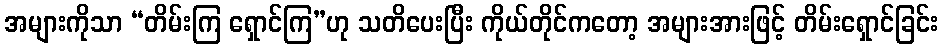
အများကိုသာ “တိမ်းကြ ရှောင်ကြ”ဟု သတိပေးပြီး ကိုယ်တိုင်ကတော့ အများအားဖြင့် တိမ်းရှောင်ခြင်း